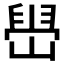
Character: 𫶋